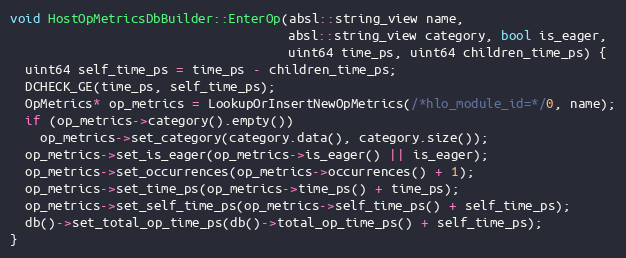
Language: C++
void HostOpMetricsDbBuilder::EnterOp(absl::string_view name,
                                     absl::string_view category, bool is_eager,
                                     uint64 time_ps, uint64 children_time_ps) {
  uint64 self_time_ps = time_ps - children_time_ps;
  DCHECK_GE(time_ps, self_time_ps);
  OpMetrics* op_metrics = LookupOrInsertNewOpMetrics(/*hlo_module_id=*/0, name);
  if (op_metrics->category().empty())
    op_metrics->set_category(category.data(), category.size());
  op_metrics->set_is_eager(op_metrics->is_eager() || is_eager);
  op_metrics->set_occurrences(op_metrics->occurrences() + 1);
  op_metrics->set_time_ps(op_metrics->time_ps() + time_ps);
  op_metrics->set_self_time_ps(op_metrics->self_time_ps() + self_time_ps);
  db()->set_total_op_time_ps(db()->total_op_time_ps() + self_time_ps);
}